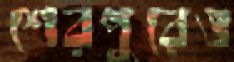
শেরপুরেও